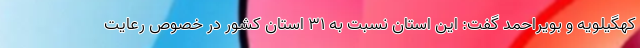
کهگیلویه و بویراحمد گفت: این استان نسبت به ۳۱ استان کشور در خصوص رعایت